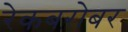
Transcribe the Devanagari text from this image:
रेकबरोबर